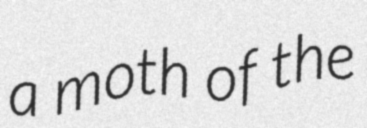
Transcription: a moth of the